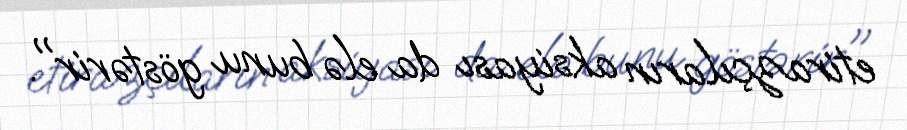
etirazçıların aksiyası da elə bunu göstərir".